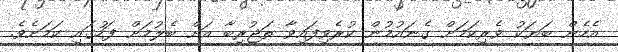
އެހެން ބަޔަކު ވެރިކަމަށް ގެނައުމުން ކުރެވިފައިވާ ތަޖުރިބާ އަށް ބެލުމަށް ފަހުގައި ކަމަށެވެ.